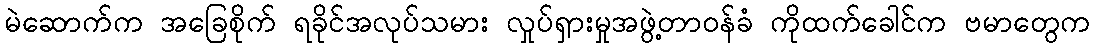
မဲဆောက်က အခြေစိုက် ရခိုင်အလုပ်သမား လှုပ်ရှားမှုအဖွဲ့တာဝန်ခံ ကိုထက်ခေါင်က ဗမာတွေက